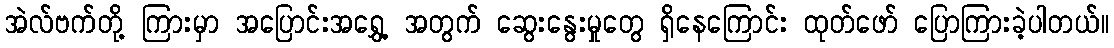
အဲလ်ဗက်တို့ ကြားမှာ အပြောင်းအရွှေ့ အတွက် ဆွေးနွေးမှုတွေ ရှိနေကြောင်း ထုတ်ဖော် ပြောကြားခဲ့ပါတယ်။